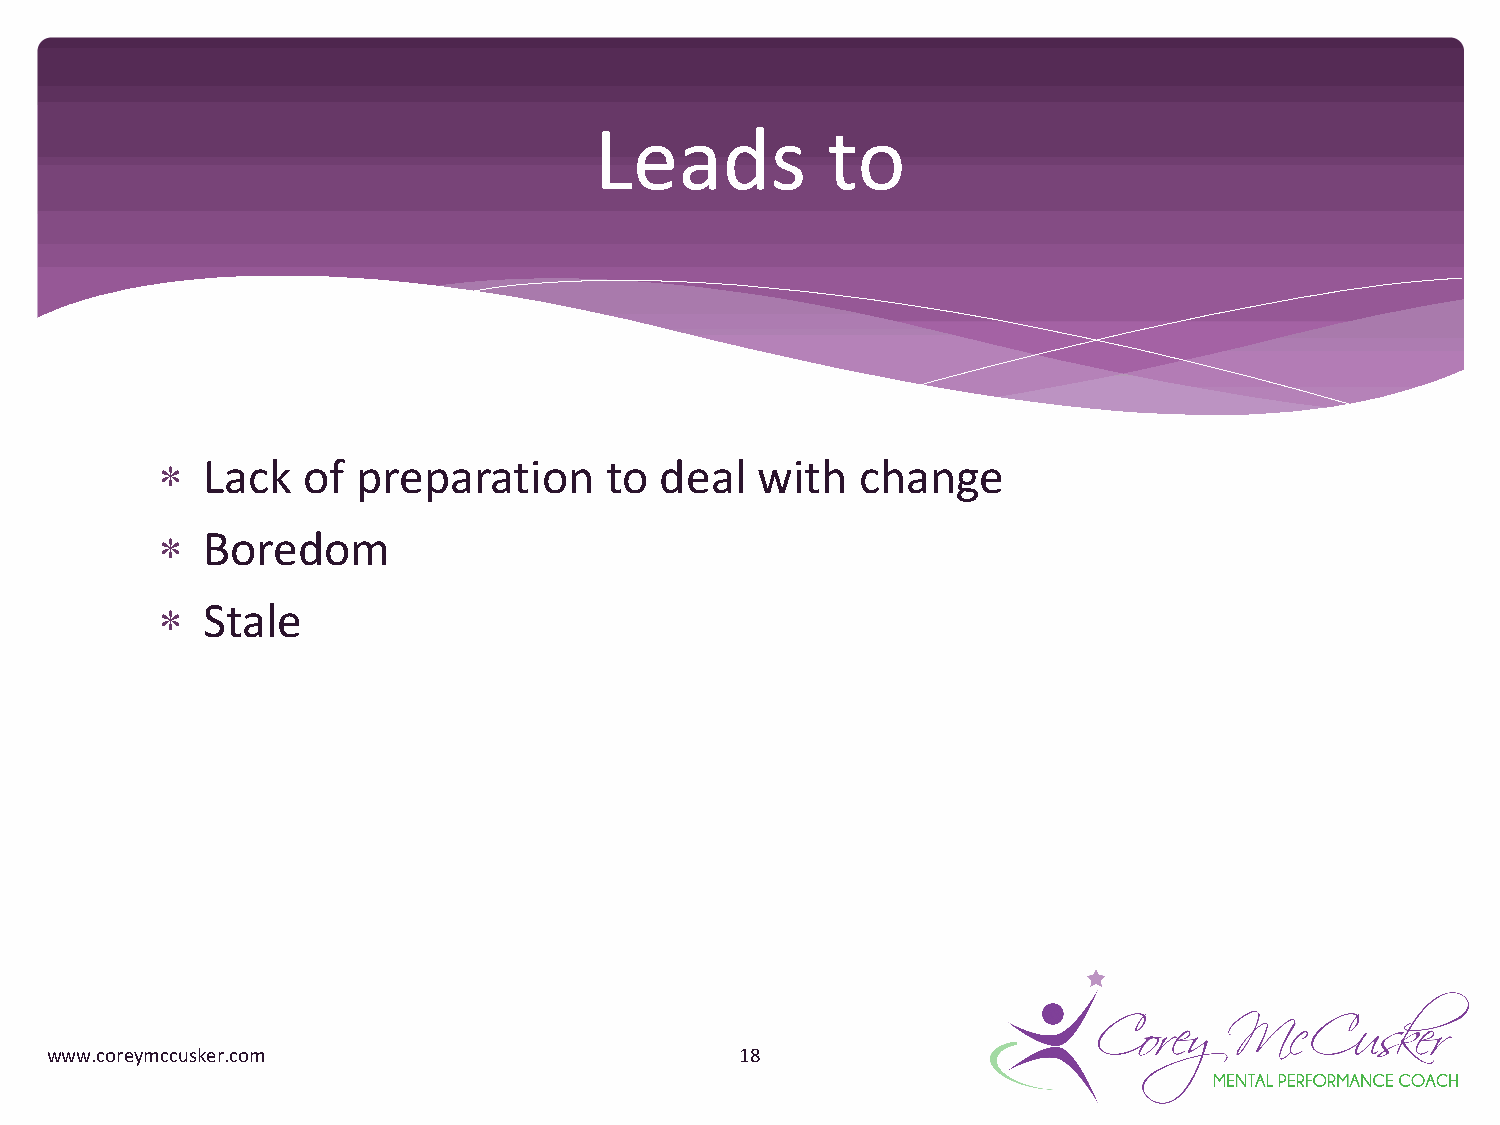
Leads           to
 *  Lack   of  preparation     to  deal  with   change
 *  Boredom
 *  Stale
 www.coreymccusker.com                         18